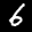
Label: 6